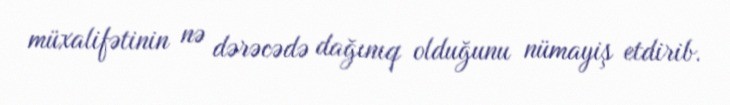
müxalifətinin nə dərəcədə dağınıq olduğunu nümayiş etdirib.